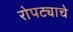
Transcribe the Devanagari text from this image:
रोपट्याचे